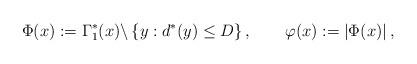
LaTeX: \begin{align*}\Phi(x) := \Gamma_1^*(x)\backslash \left\{y: {d}^*(y) \leq D \right\},\qquad\varphi(x):=\left|\Phi(x) \right| , \end{align*}